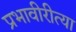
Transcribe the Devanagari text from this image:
प्रभावीरीत्या